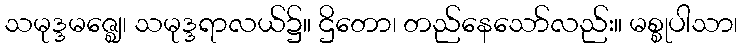
သမုဒ္ဒမဇ္ဈေ၊ သမုဒ္ဒရာလယ်၌။ ဌိတော၊ တည်နေသော်လည်း။ မစ္စုပါသာ၊